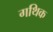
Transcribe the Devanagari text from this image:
गथिक